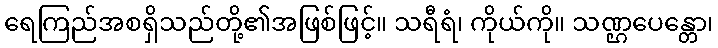
ရေကြည်အစရှိသည်တို့၏အဖြစ်ဖြင့်။ သရီရံ၊ ကိုယ်ကို။ သဏ္ဌပေန္တော၊